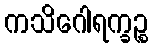
ကသိဂေါရက္ခဉ္စ